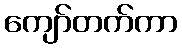
ကျော်တက်ကာ